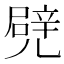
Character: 𠒱